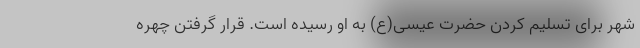
شهر برای تسلیم کردن حضرت عیسی(ع) به او رسیده است. قرار گرفتن چهره